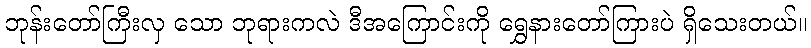
ဘုန်းတော်ကြီးလှ သော ဘုရားကလဲ ဒီအကြောင်းကို ရွှေနားတော်ကြားပဲ ရှိသေးတယ်။